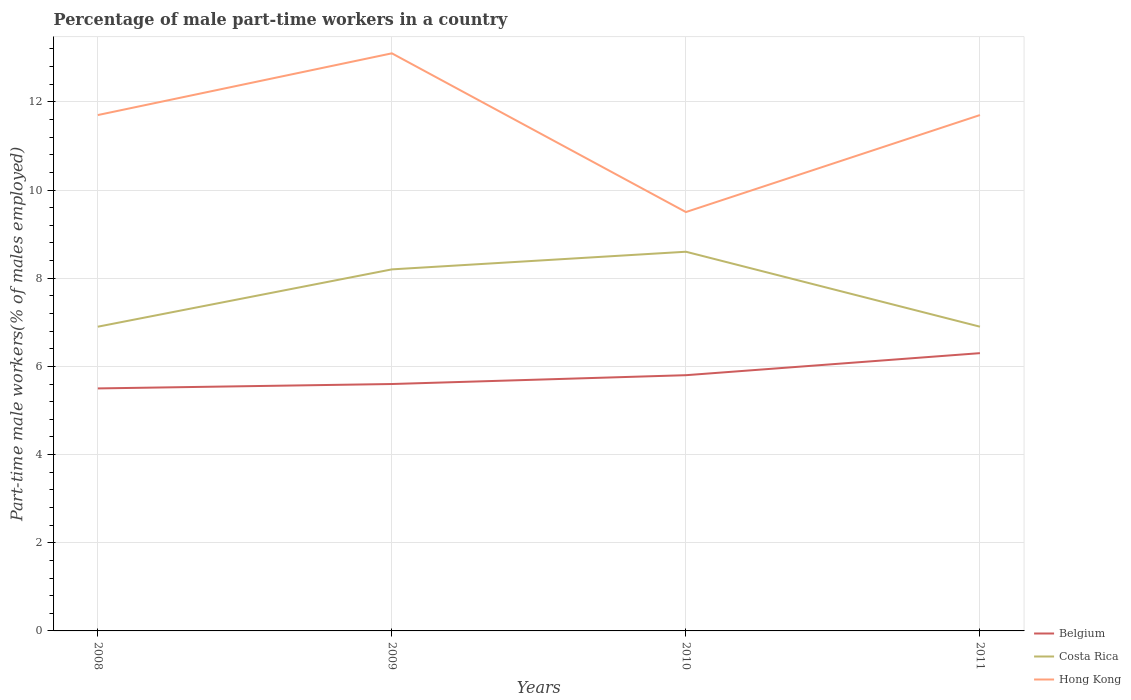
| Years | Belgium | Costa Rica | Hong Kong |
 | --- | --- | --- | --- |
 | 2008 | 5.5 | 6.9 | 11.7 |
 | 2009 | 5.6 | 8.2 | 13.1 |
 | 2010 | 5.8 | 8.6 | 9.5 |
 | 2011 | 6.3 | 6.9 | 11.7 |